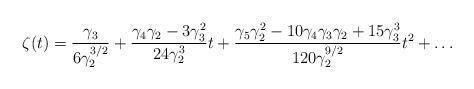
LaTeX: \begin{align*}\zeta (t) = \frac{\gamma_{3} }{ 6 \gamma_{2}^{3/2} } + \frac{ \gamma_{4} \gamma_{2} - 3 \gamma_{3}^2 }{ 24 \gamma_{2}^3 } t + \frac{\gamma_{5} \gamma_{2}^2 - 10 \gamma_{4} \gamma_{3} \gamma_{2} + 15 \gamma_{3}^3 }{ 120 \gamma_{2}^{9/2} } t^2 + \ldots \end{align*}